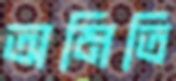
অমিতি